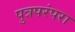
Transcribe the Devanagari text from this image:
पुत्रपरंपरा